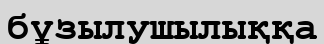
бұзылушылыққа